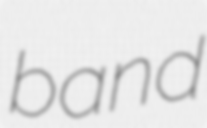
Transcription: band